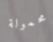
محمولة